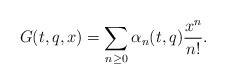
LaTeX: \begin{align*} G(t,q,x) = \sum_{n\geq 0}\alpha_n(t,q)\frac{x^n}{n!}.\end{align*}